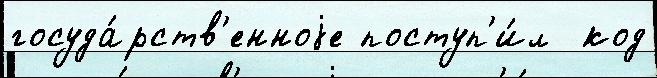
госуда́рств'енноjе поступ'и́л  код